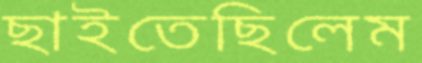
ছাইতেছিলেম